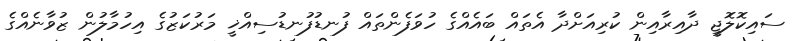
ސައިކޮލޮޖީ ދާއިރާއިން ކުރިއަށްދާ އެތައް ބައެއްގެ ހުވަފެންތައް ފުނޑުފުނޑުސިއްޚީ މަރުކަޒުގެ އިހުމާލުން ޒުވާނެއްގެ